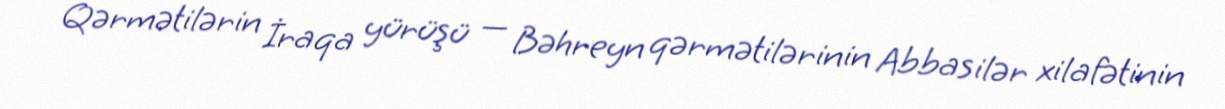
Qərmətilərin İraqa yürüşü — Bəhreyn qərmətilərinin Abbasilər xilafətinin